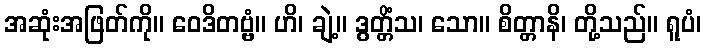
အဆုံးအဖြတ်ကို။ ဝေဒိတဗ္ဗံ။ ဟိ၊ ချဲ့။ ဒွတ္တိံသ၊ သော။ စိတ္တာနိ၊ တို့သည်။ ရူပံ၊